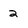
Character: 2